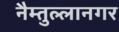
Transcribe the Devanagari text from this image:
नैम्तुल्लानगर